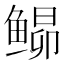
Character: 𬶘